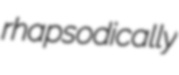
rhapsodically